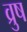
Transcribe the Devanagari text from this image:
व्रुष